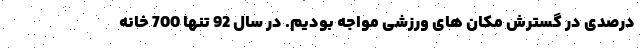
درصدی در گسترش مکان های ورزشی مواجه بودیم. در سال 92 تنها 700 خانه